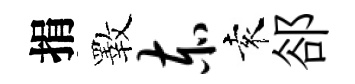
捐斁赤袁郤